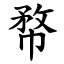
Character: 㡔